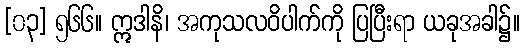
[၀၃] ၅၆၆။ ဣဒါနိ၊ အကုသလဝိပါက်ကို ပြပြီးရာ ယခုအခါ၌။